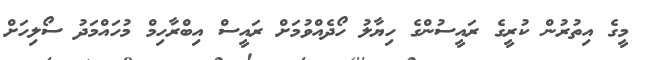
މީގެ އިތުރުން ކުރީގެ ރައީސުންގެ ހިޔާލު ހޯދެއްވުމަށް ރައީސް އިބްރާހިމް މުހައްމަދު ސޯލިހަށް